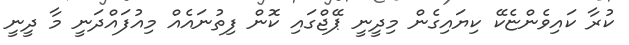
ކުރާ ކައިވެންޏެކޭ ކިޔައިގެން މިދީނީ ޕޭޖްގައި ކޮން ފިތުނައެއް މިއުފައްދަނީ މާ ދީނީ